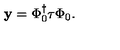
{ \bf y } = \Phi _ { 0 } ^ { \dagger } \mathrm { \boldmath \tau } \Phi _ { 0 } .